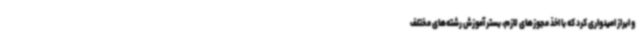
و ابراز امیدواری کرد که با اخذ مجوزهای لازم، بستر آموزش رشته‌های مختلف